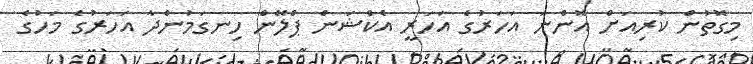
މިގޮތުން ކުރިއަށް އޮންނަ އަހަރުގެ އަހަރީ އެކްޝަން ޕްލޭން ހިނގަމުންދާ އަހަރުގެ މަހުގެ